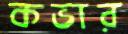
কভার